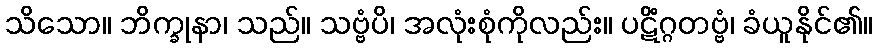
သိသော။ ဘိက္ခုနာ၊ သည်။ သဗ္ဗံပိ၊ အလုံးစုံကိုလည်း။ ပဋိံဂ္ဂတဗ္ဗံ၊ ခံယူနိုင်၏။